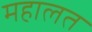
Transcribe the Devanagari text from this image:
महालत